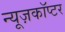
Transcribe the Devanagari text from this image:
न्यूज़कॉप्टर